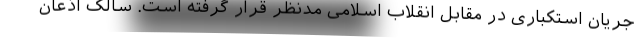
جریان استکباری در مقابل انقلاب اسلامی مدنظر قرار گرفته است. سالک اذعان